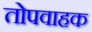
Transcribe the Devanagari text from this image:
तोपवाहक